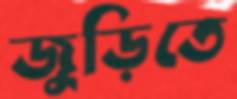
জুড়িতে